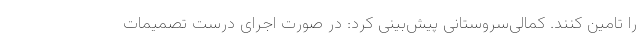
را تامین کنند. کمالی‌سروستانی پیش‌بینی کرد: در صورت اجرای درست تصمیمات